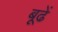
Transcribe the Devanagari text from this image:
बूढें